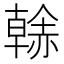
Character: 𧹳